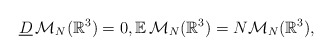
\begin{align*} \underline{D}\,\mathcal{M}_{N}(\mathbb{R}^3)=0,\mathbb{E}\,\mathcal{M}_{N}(\mathbb{R}^3)=N \mathcal{M}_{N}(\mathbb{R}^3),\end{align*}